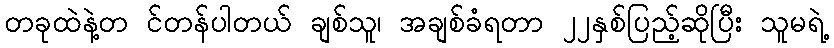
တခုထဲနဲ့တ င်တန်ပါတယ် ချစ်သူ၊ အချစ်ခံရတာ ၂၂နှစ်ပြည့်ဆိုပြီး သူမရဲ့